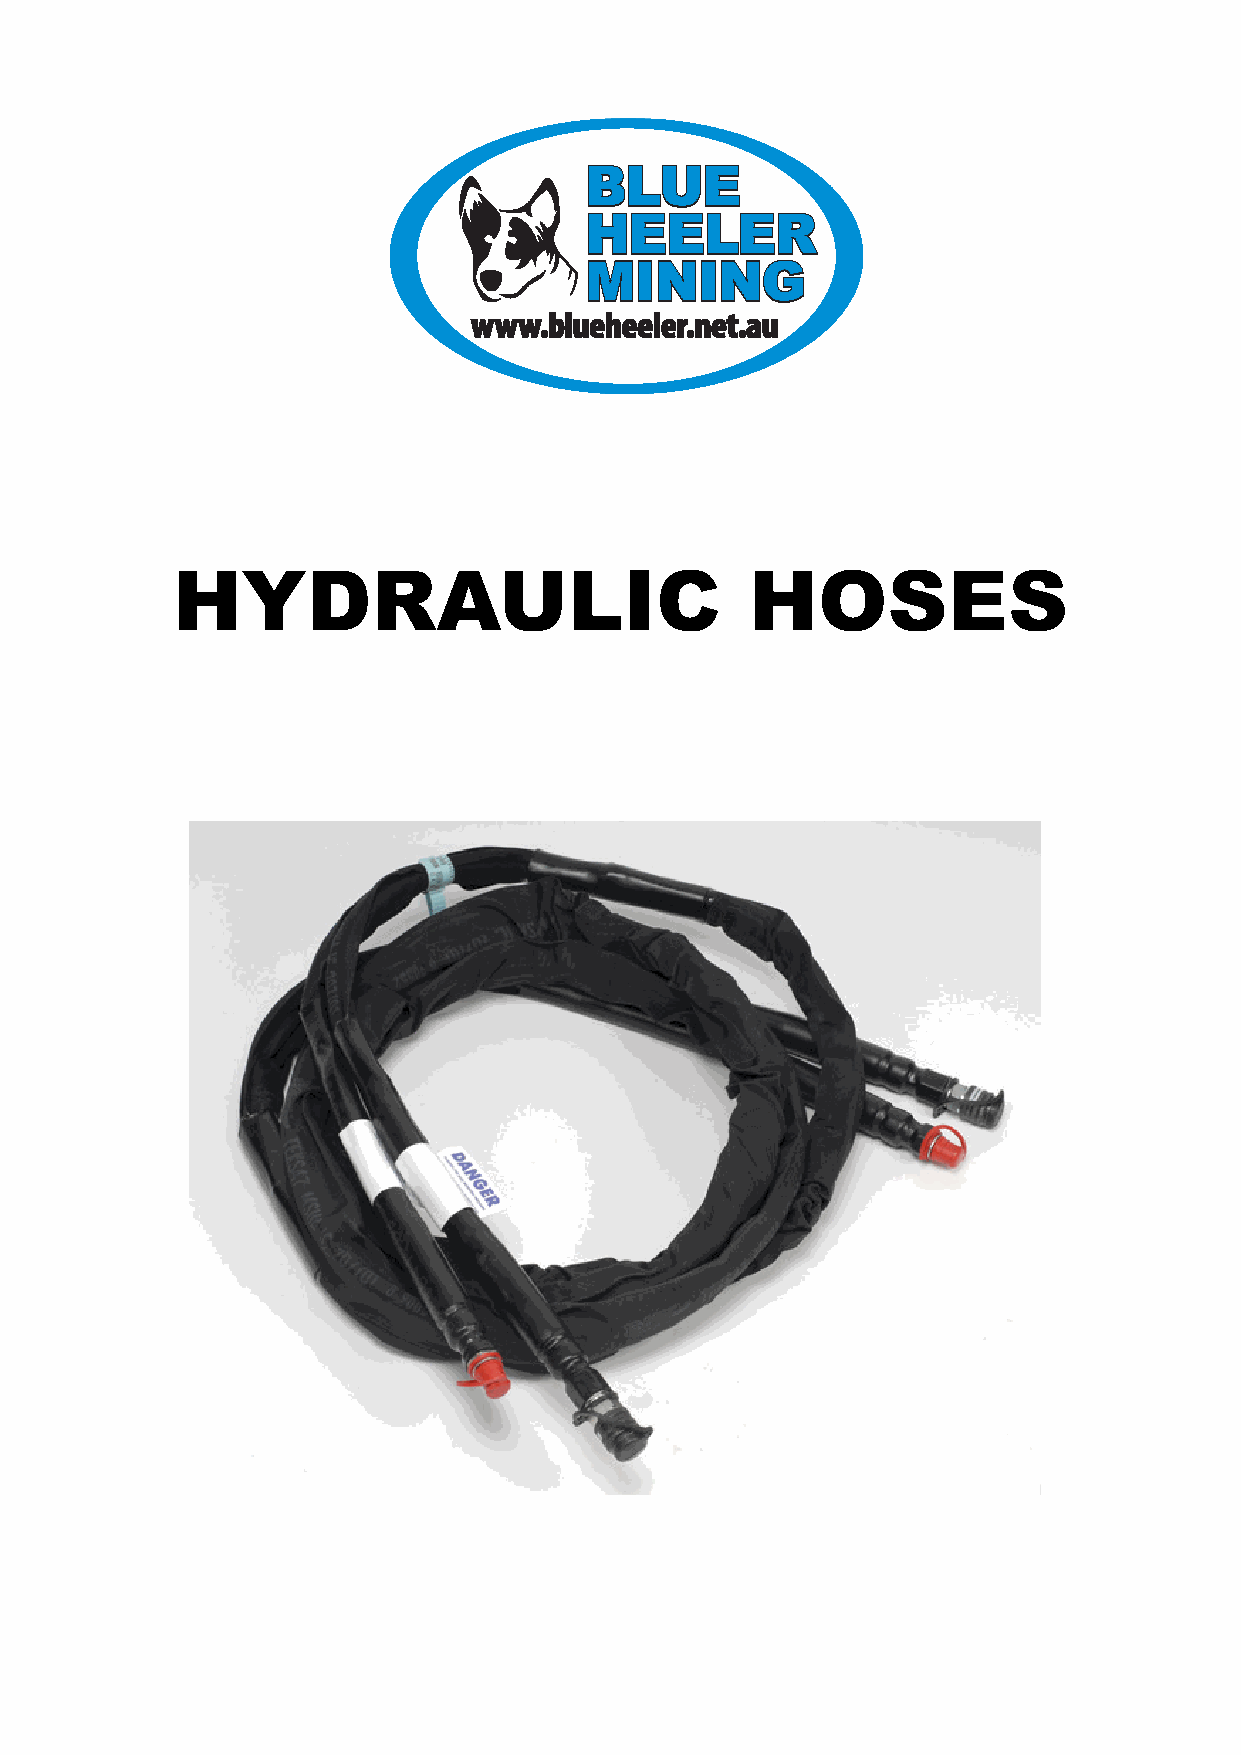
HYDRAULIC                              HOSES